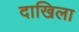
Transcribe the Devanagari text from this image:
दाखिला